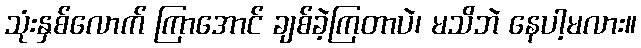
သုံးနှစ်လောက် ကြာအောင် ချစ်ခဲ့ကြတာပဲ၊ မသိဘဲ နေပါ့မလား။